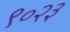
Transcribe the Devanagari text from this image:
९०२३